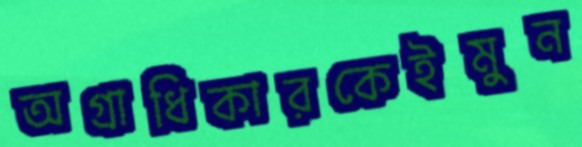
অগ্রাধিকারকেইমুন